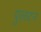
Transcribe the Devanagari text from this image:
पुलटन